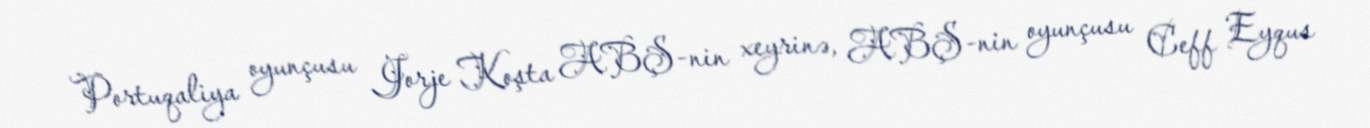
Portuqaliya oyunçusu Jorje Koşta ABŞ-nin xeyrinə, ABŞ-nin oyunçusu Ceff Eyqus